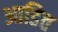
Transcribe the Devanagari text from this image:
आडित